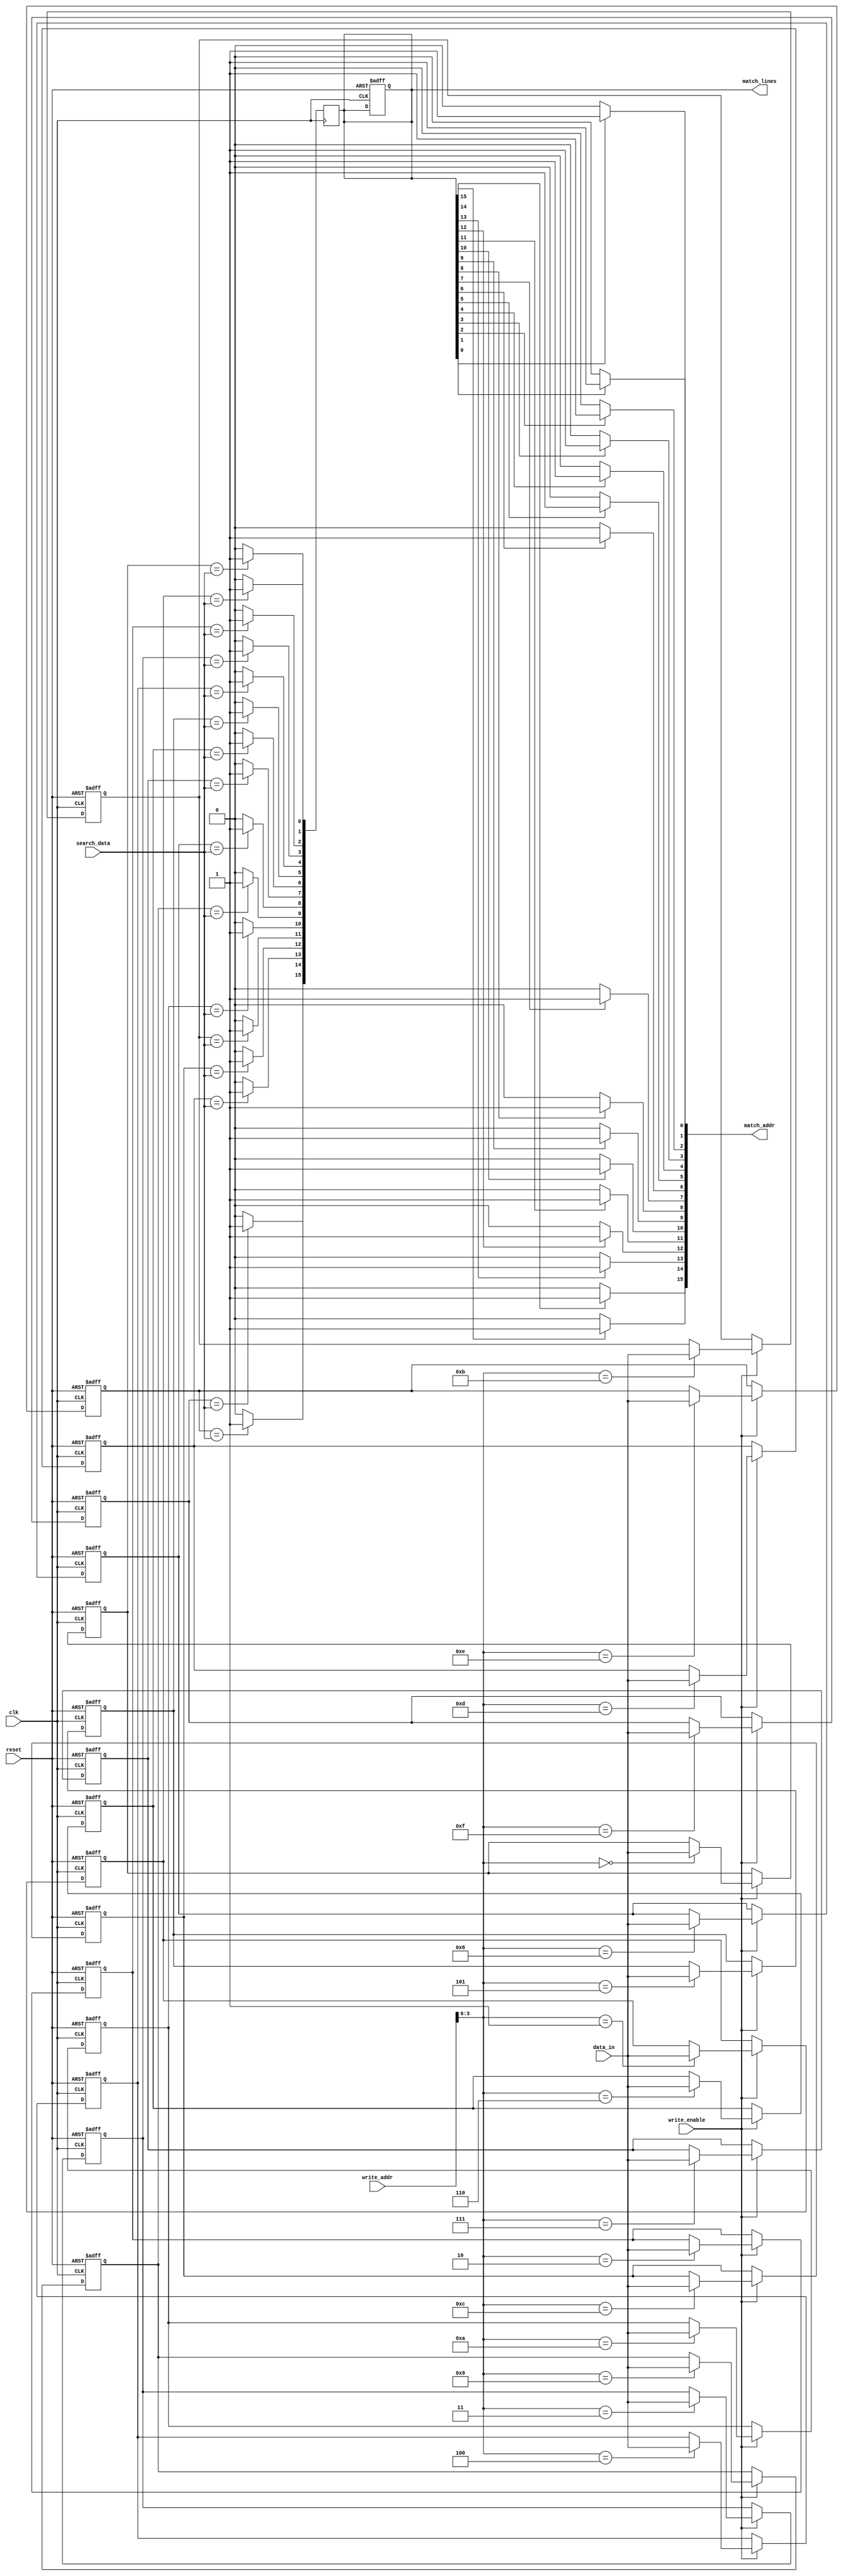
module bcam #(
    parameter N = 16, // Number of entries (rows)
    parameter M = 8    // Width of each entry (in bits)
)(
    input wire clk,                // Clock signal
    input wire reset,              // Reset signal
    input wire write_enable,       // Write enable signal
    input wire [M-1:0] data_in,    // Data input for writing
    input wire [N-1:0] write_addr, // Address to write the data
    input wire [M-1:0] search_data, // Data to search for
    output reg [N-1:0] match_lines, // Match lines output
    output reg [N-1:0] match_addr   // Address of the matching entry
);

    // Memory array
    reg [M-1:0] mem_array [0:N-1];

    // Internal signals
    integer i;

    // Reset logic to clear memory
    always @(posedge clk or posedge reset) begin
        if (reset) begin
            match_lines <= 0;
            for (i = 0; i < N; i = i + 1) begin
                mem_array[i] <= 0; // Clear memory
            end
        end else if (write_enable) begin
            // Write data into the specified address
            mem_array[write_addr] <= data_in;
        end
    end

    // Search operation
    always @(posedge clk) begin
        match_lines <= 0; // Clear match lines
        for (i = 0; i < N; i = i + 1) begin
            if (mem_array[i] == search_data) begin
                match_lines[i] <= 1; // Set match line for matching entry
            end
        end
    end

    // Address output logic
    always @(*) begin
        match_addr = 0; // Clear match_addr
        for (i = 0; i < N; i = i + 1) begin
            if (match_lines[i]) begin
                match_addr[i] = 1; // Set the address of the matching entry
            end
        end
    end

endmodule